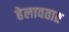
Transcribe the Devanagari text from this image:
हेलावतात